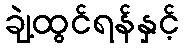
ချဲ့ထွင်ရန်နှင့်